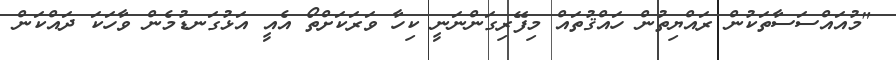
"މުއައްސަސާތަކުން ރައްޔިތުން ހައްޤުތައް މިފޭރިގަންނަނީ ކިހާ ވަރަކަށްތޯ އެއީ އަޅުގަނޑުމެން ވާހަކަ ދައްކަން